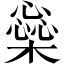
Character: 橤